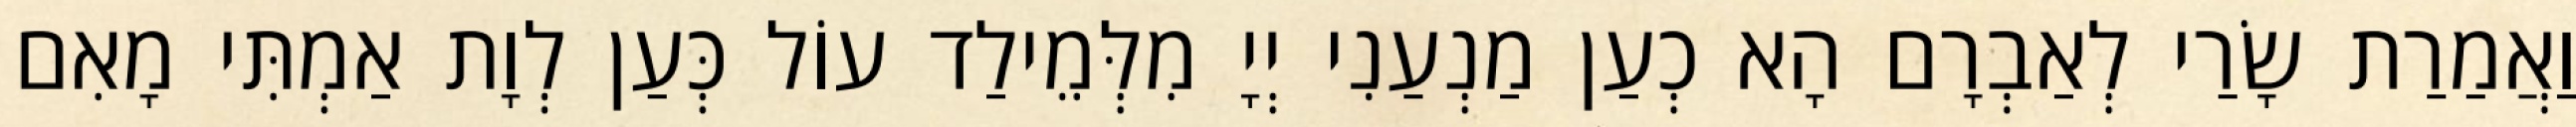
וַאֲמַרַת שָׂרַי לְאַבְרָם הָא כְעַן מַנְעַנִי יְיָ מִלְּמֵילַד עוֹל כְּעַן לְוָת אַמְתִּי מָאִם